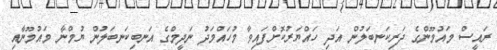
ރައީސް މައުމޫންގެ ދަރިކަނބަލުން އަދި ހައްޔަރުކޮށްފައިވާ މުހައްމަދު ނަދީމްގެ އަނބިކަނބަލުން ޔުމްނާ މައުމޫނާއި